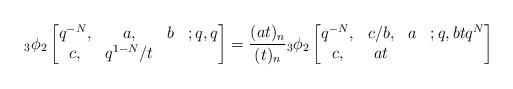
LaTeX: \begin{align*}{}_3\phi_2\begin{bmatrix}q^{-N}, &a, & b& ;q,q\\c, &q^{1-N}/t\end{bmatrix}= \frac{(at)_n}{(t)_n}{}_3\phi_2\begin{bmatrix}q^{-N}, &c/b, & a& ;q, btq^{N}\\c, &at\end{bmatrix}\end{align*}